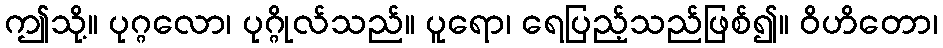
ဤသို့။ ပုဂ္ဂလော၊ ပုဂ္ဂိုလ်သည်။ ပူရော၊ ရေပြည့်သည်ဖြစ်၍။ ဝိဟိတော၊